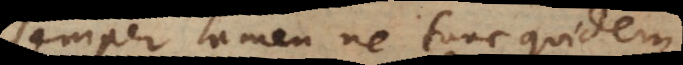
semper tamen ne tunc quidem